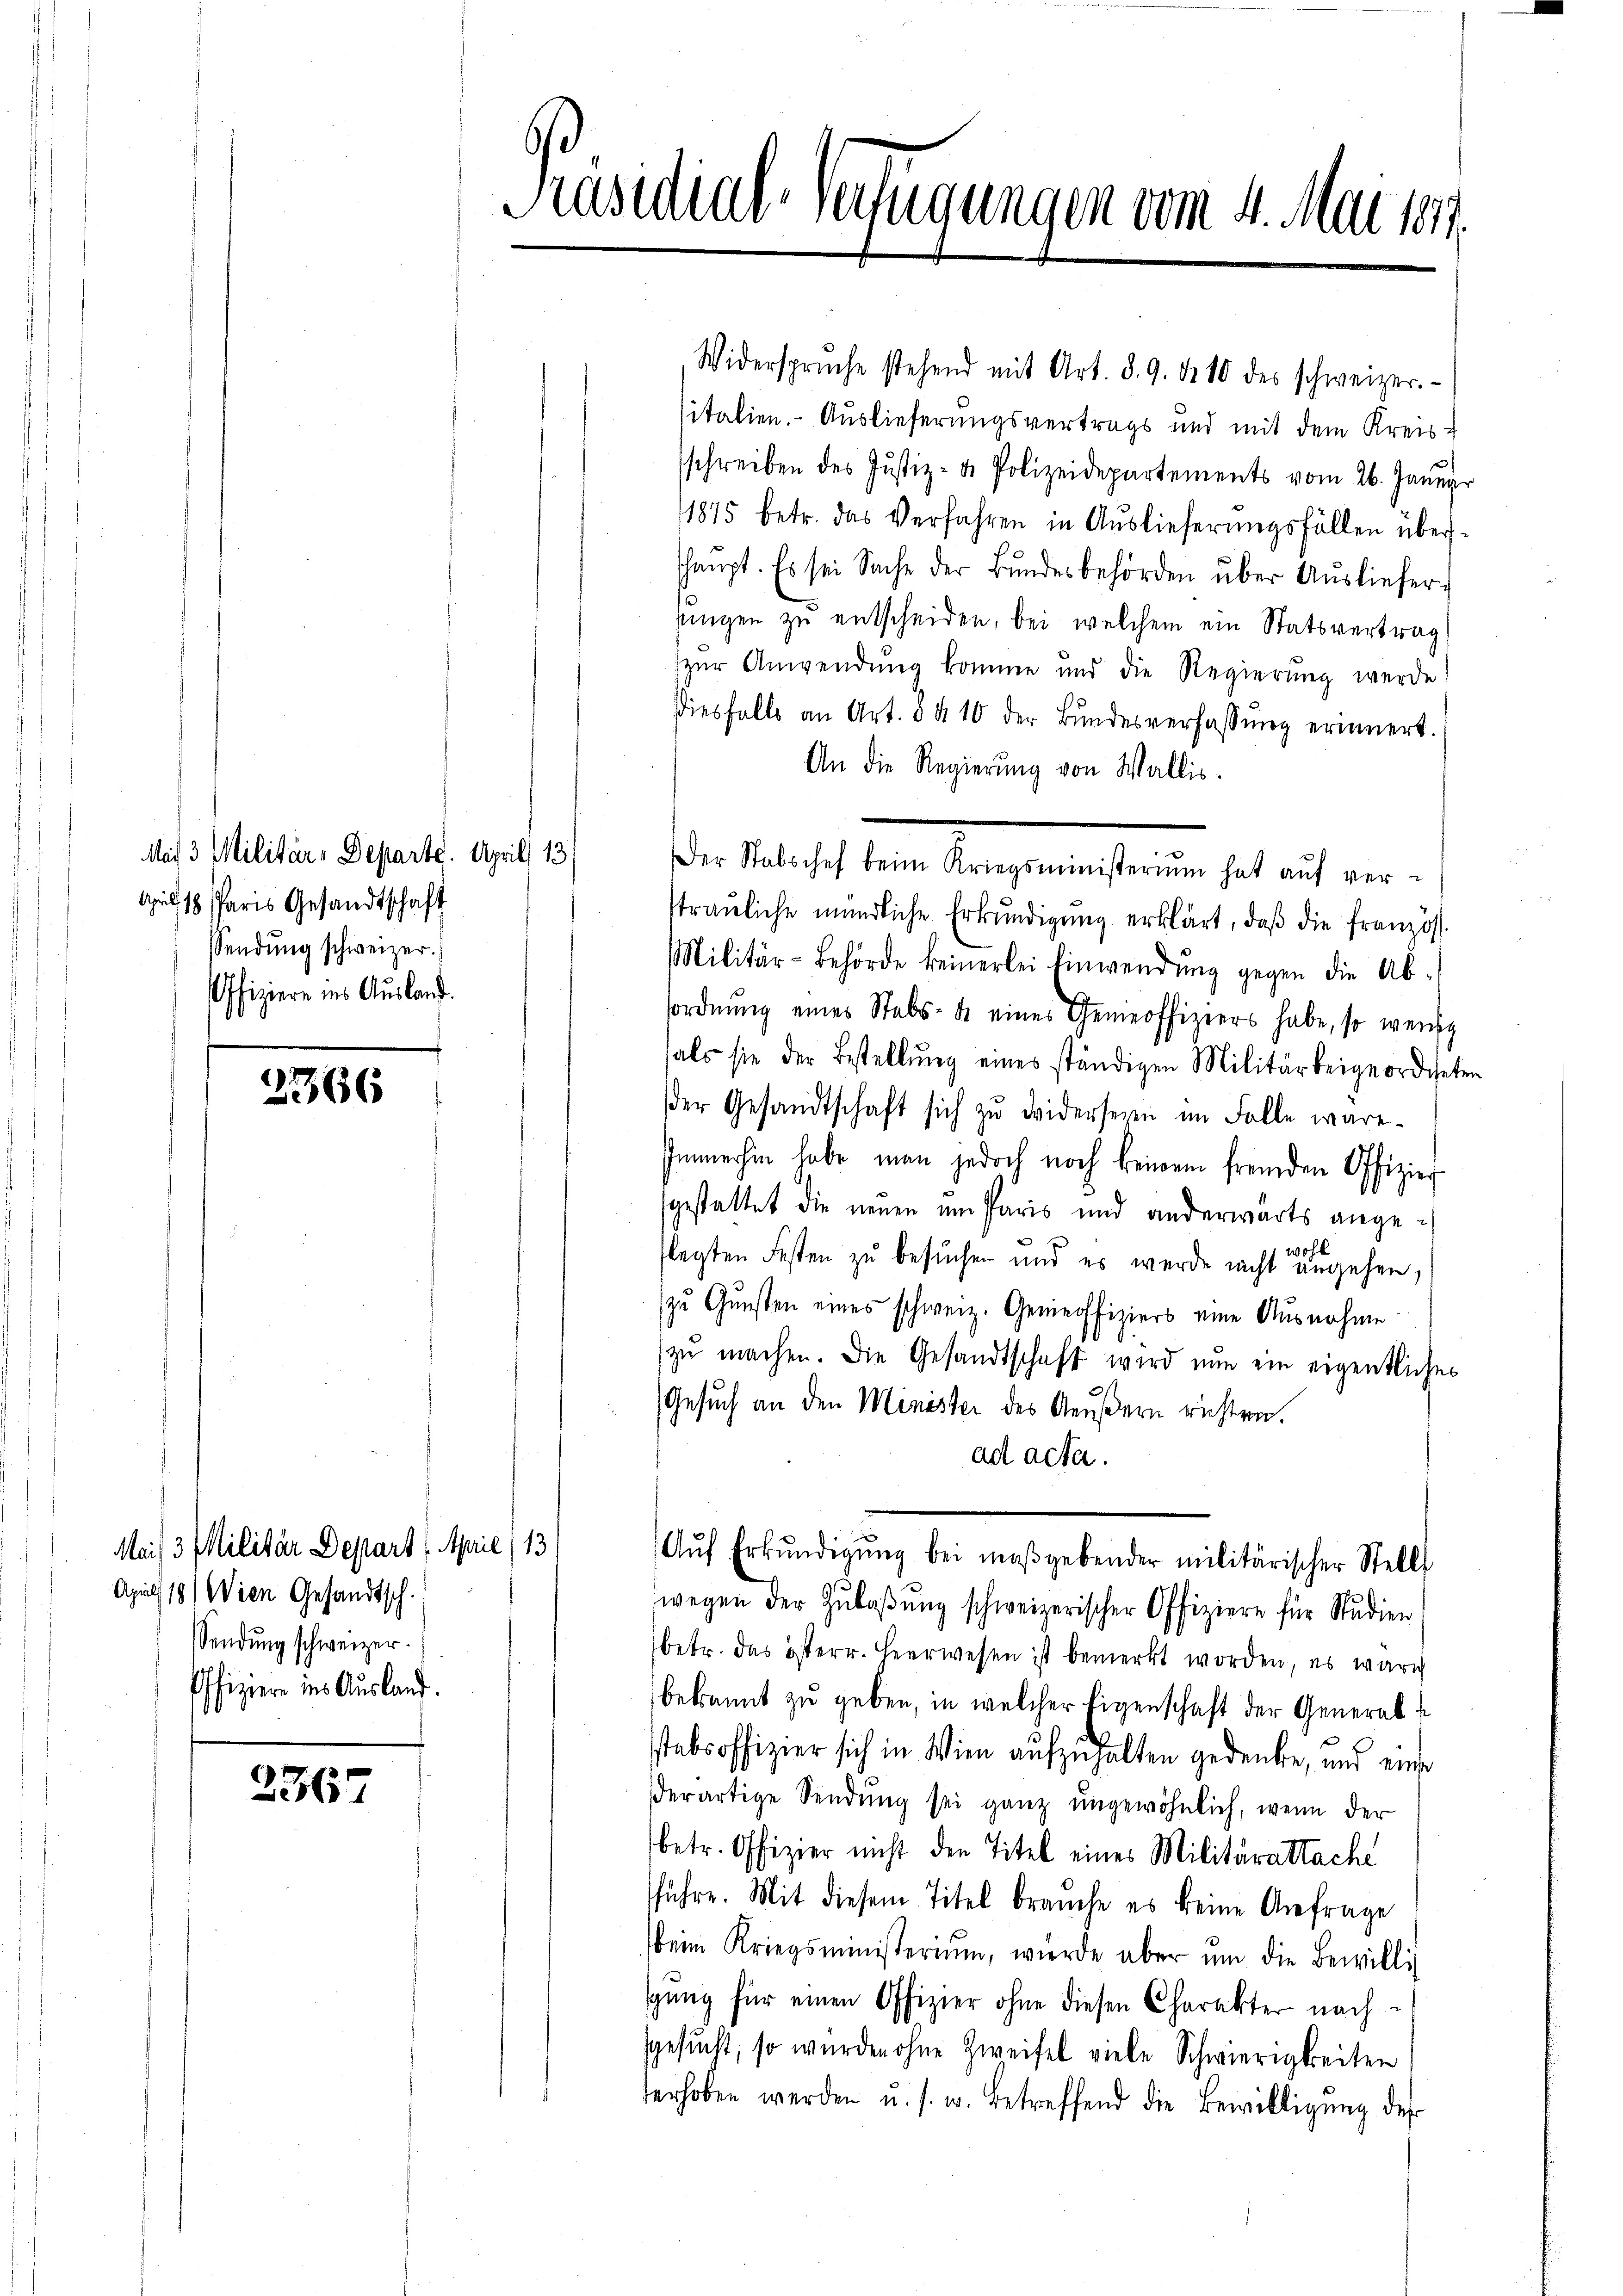
Mit 3 Militär-Departe. April 13
April 18. Paris Gesandtschaft
endŭng schweizer.
Offiziere ins Ausland.

2366

Mais 3 Militär Depart. April: 13
April 18) Wien Gesandtsch.
sSendung schweizer.
Offiziere ins Ausland.

2367

Präsidial-Verfügungen vom 4. Mai 1874.

Widersprüche stehend mit Art. 8. 9. d. 10 des schweizer.
sitalien. Auslieferungsvertrags und mit dem Kreissschreiben des Justiz- & Polizeidepartements vom 26. Januar
1875 betr. das Verfahren in Auslieferungsfällen übershaupt. Es sei Sache der Bŭndesbehörden über Ausliefer
eingen zu entscheiden, bei welchem ein Statsvertrag
zur Anwendung komme und die Regierung werde
diesfalls an Art. 8 § 10 der Bŭndesverfassŭng erinnert.
An die Regierung von Wallis.
traŭliche mündliche Erkŭndigŭng erklärt, daβ die französ.
Militär-Behörde keinerlei Einwendŭng gegen die Ab-
sordnung eines Stabs- u. eines Gemeoffiziers habe, so wenig
hals sie der Bestellŭng eines ständigen Militärbeigeordneten
der Gesandtschaft sich zŭ widersezen im Falle wäre.
Immerhin habe man jedoch noch keinem fremden Offizier
gestattet die neuen um Paris und anderwärts ange¬
 200f
legten Festen zu besuchen und es werde nicht angehen,
zŭ Gŭnsten eines schweiz. Gemeoffiziers eine Ausnahme
zŭ machen. Die Gesandtschaft wird nun ein eigentliches
Gesuch an den Minister des Aeußern richten.
ad acta.
Aŭf Erkŭndigung bei maßgebender militärischer Stelle
wegen der Zŭlaβŭng schweizerischer Offiziere für Studien
betr. das österr. Heerwesen ist bemerkt worden, es wäre
bekannt zu geben, in welcher Eigenschaft der Generabstabsoffizier sich in Wien aufzuhalten gedenke, und eine
derartige Sendung sei ganz ungewöhnlich, wenn der
betr. Offizier nicht den Titel eines Militärattache
führe. Mit diesem Titel brauche es keine Anfrage
beim Kriegsministerium, werde aber ŭm die Bewillig
sgŭng für einen Offizier ohne diesen Charakter nach
sgesucht, so wurden ohne Zweifel viele Schwierigkeiten
derhoben werden u. s. w. betreffend die Bewilligŭng des

Der Stabschef beim Kriegsministerium hat auf ver¬